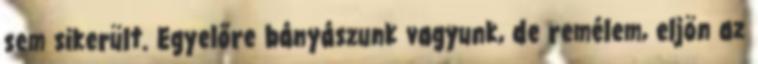
sem sikerült. Egyelőre bányászunk vagyunk, de remélem, eljön az